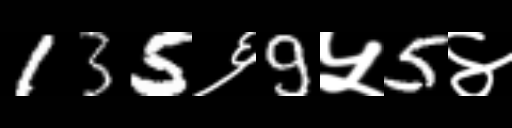
Text: 135६9५5४